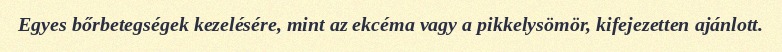
Egyes bőrbetegségek kezelésére, mint az ekcéma vagy a pikkelysömör, kifejezetten ajánlott.